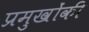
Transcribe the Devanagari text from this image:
प्रमुखोंकी